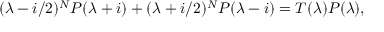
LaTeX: ( \lambda - i / 2 ) ^ { N } P ( \lambda + i ) + ( \lambda + i / 2 ) ^ { N } P ( \lambda - i ) = T ( \lambda ) P ( \lambda ) ,